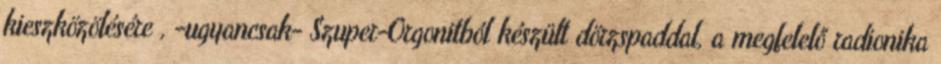
kieszközölésére , -ugyancsak- Szuper-Orgonitból készült dörzspaddal, a megfelelő radionika